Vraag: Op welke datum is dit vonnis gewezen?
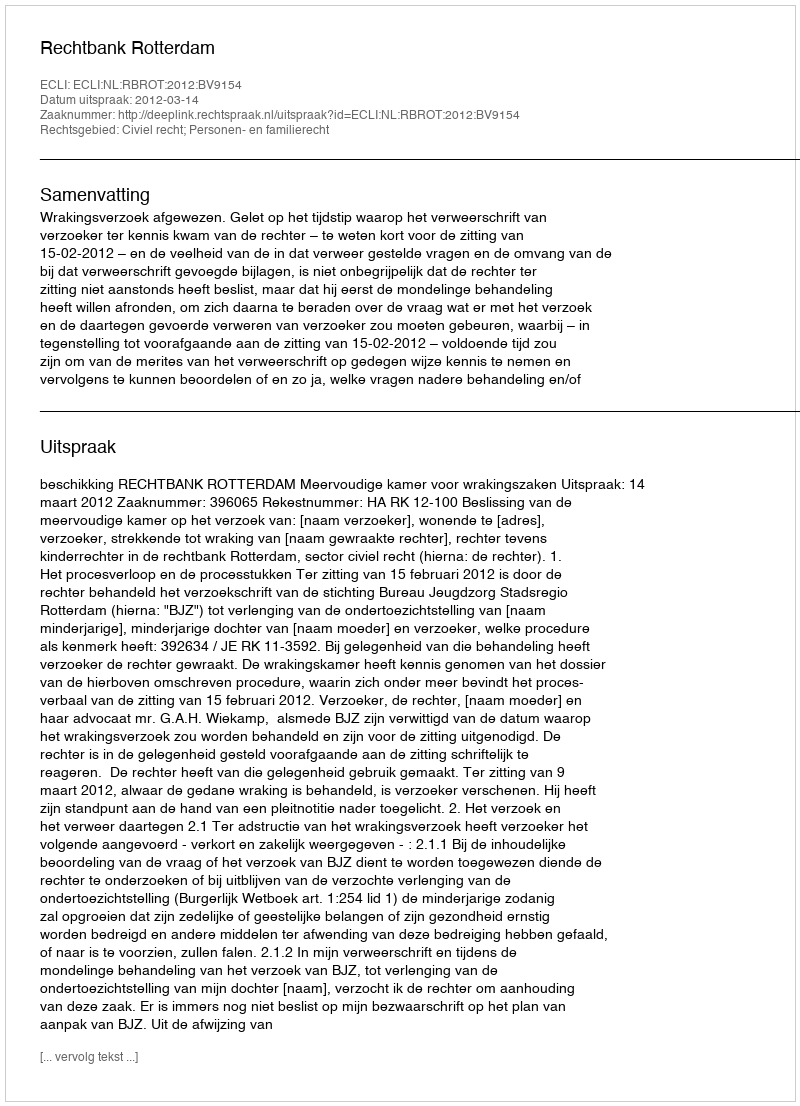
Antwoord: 2012-03-14